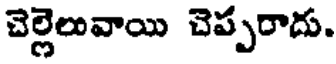
చెల్లెలువాయి చెప్పరాదు.